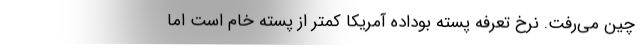
چین می‌رفت. نرخ تعرفه پسته بوداده آمریکا کمتر از پسته خام است اما